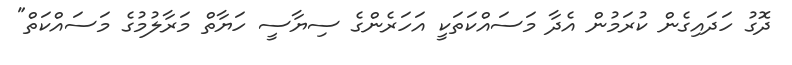
ދޮގު ހަދައިގެން ކުރަމުން އެދާ މަސައްކަތަކީ އަހަރެންގެ ސިޔާސީ ހަޔާތް މަރާލުމުގެ މަސައްކަތް"